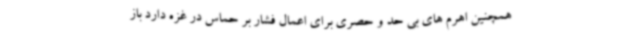
همچنین اهرم های بی حد و حصری برای اعمال فشار بر حماس در غزه دارد باز